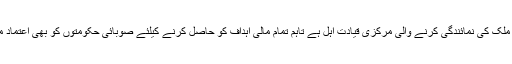
اگرچہ رکن ملک کی نمائندگی کرنے والی مرکزی قیادت اہل ہے تاہم تمام مالی اہداف کو حاصل کرنے کیلئے صوبائی حکومتوں کو بھی اعتماد میں لینا ہوگا۔